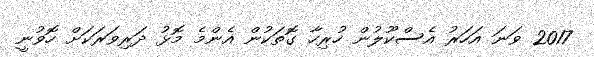
2017 ވަނަ އަހަރު އެސްކޫލުން ހުރިހާ ގޮތަކުން އެންމެ މޮޅު ދަރިވަރަކަށް ހޮވުނީ